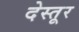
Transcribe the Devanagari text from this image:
देस्तूर